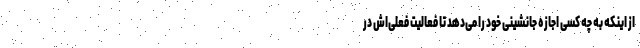
از اینکه به چه کسی اجازه جانشینی خود را می‌دهد تا فعالیت فعلی‌اش در